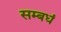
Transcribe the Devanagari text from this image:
सम्बधं